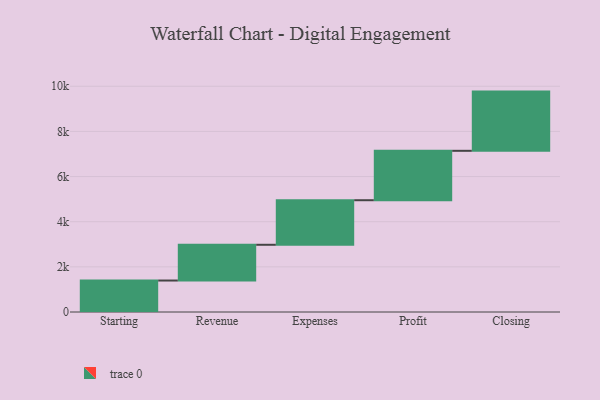
{"axis": {"x": "Step", "y": "Value"}, "legend": [""], "data": [{"x": "Starting", "y": 1394.0, "type": ""}, {"x": "Revenue", "y": 1584.0, "type": ""}, {"x": "Expenses", "y": 1974.0, "type": ""}, {"x": "Profit", "y": 2189.0, "type": ""}, {"x": "Closing", "y": 2623.0, "type": ""}]}